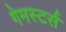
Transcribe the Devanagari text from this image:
गेमस्टर्स